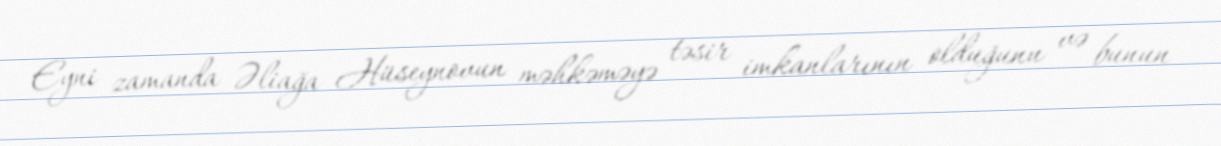
Eyni zamanda Əliağa Hüseynovun məhkəməyə təsir imkanlarının olduğunu və bunun